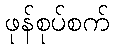
ဖုန်စုပ်စက်